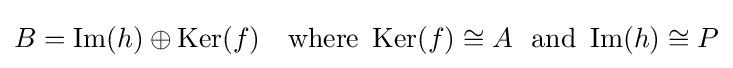
B=\operatorname {Im} (h)\oplus \operatorname {Ker} (f)\ \ {\text{ where }}\operatorname {Ker} (f)\cong A\ {\text{ and }}\operatorname {Im} (h)\cong P